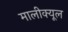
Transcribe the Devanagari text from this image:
मालीक्यूल